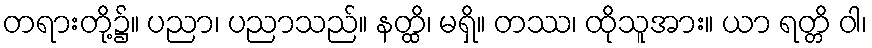
တရားတို့၌။ ပညာ၊ ပညာသည်။ နတ္ထိ၊ မရှိ။ တဿ၊ ထိုသူအား။ ယာ ရတ္တိ ဝါ၊